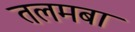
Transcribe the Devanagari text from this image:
तलमबा